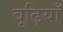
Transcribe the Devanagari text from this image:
बूढ़ियाँ